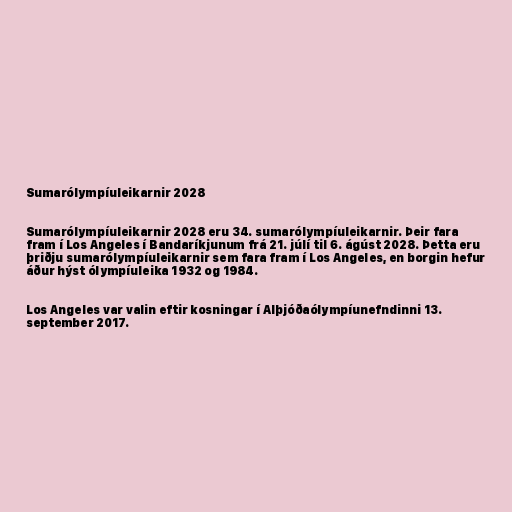
Sumarólympíuleikarnir 2028

Sumarólympíuleikarnir 2028 eru 34. sumarólympíuleikarnir. Þeir fara
fram í Los Angeles í Bandaríkjunum frá 21. júlí til 6. ágúst 2028. Þetta eru
þriðju sumarólympíuleikarnir sem fara fram í Los Angeles, en borgin hefur
áður hýst ólympíuleika 1932 og 1984.

Los Angeles var valin eftir kosningar í Alþjóðaólympíunefndinni 13.
september 2017.